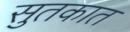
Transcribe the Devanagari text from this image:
सुतकात